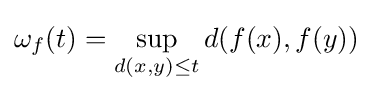
\omega _{f}(t)=\sup _{d(x,y)\leq t}d(f(x),f(y))